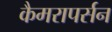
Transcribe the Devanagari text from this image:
कैमरापर्सन